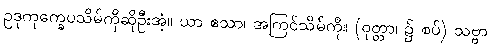
ဥဒုကုက္ခေပသိမ်ကိုဆိုဦးအံ့။ ယာ ဧသာ၊ အကြင်သိမ်ကို။ (ဝုတ္တာ၊ ၌ စပ်) သဗ္ဗာ